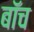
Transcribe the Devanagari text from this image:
बॉच